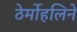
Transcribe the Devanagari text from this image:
ठेर्मोहलिने